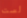
لست